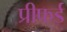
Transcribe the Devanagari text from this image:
प्रीफर्ड